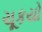
ચૂકયો